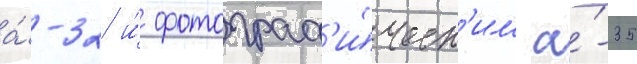
а́-32 и́ фотограф'и́ческ'им а́-35